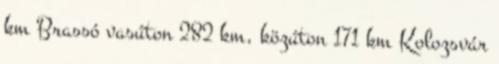
km Brassó vasúton 282 km, közúton 171 km Kolozsvár